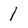
Character: 1